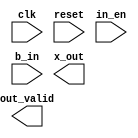
`timescale 1ns/10ps
module GSIM ( clk, reset, in_en, b_in, out_valid, x_out);
input   clk ;
input   reset ;
input   in_en;
output  out_valid;
input   [15:0]  b_in;
output  [31:0]  x_out;

endmodule